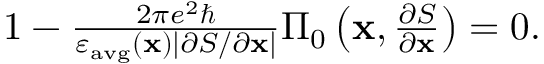
\begin{array} { r } { 1 - \frac { 2 \pi e ^ { 2 } \hbar } { \varepsilon _ { \mathrm { a v g } } ( \mathbf { x } ) | \partial S / \partial \mathbf { x } | } \Pi _ { 0 } \left( \mathbf { x } , \frac { \partial S } { \partial \mathbf { x } } \right) = 0 . } \end{array}